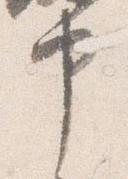
申